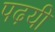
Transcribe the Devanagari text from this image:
पढ़यी